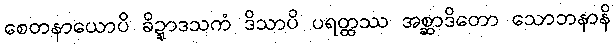
စေတနာယောပိ ခိဍ္ဍာဒသကံ ဒိသာပိ ပရတ္ထဿ အစ္ဆာဒိတော သောဘနာနိ